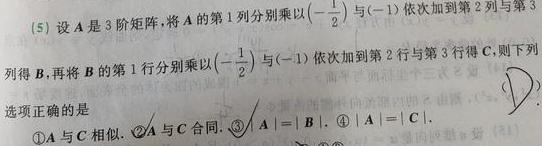
(5) 设$A$是3阶矩阵，将$A$的第1列分别乘以$(-\frac{1}{2})$与$(-1)$依次加到第2列与第3列得$B$，再将$B$的第1行分别乘以$(-\frac{1}{2})$与$(-1)$依次加到第2行与第3行得$C$，则下列选项正确的是
\textcircled{1}$A$与$C$相似. \textcircled{2}$A$与$C$合同. \textcircled{3}$|A| = |B|$. \textcircled{4}$|A| = |C|$.